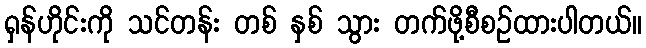
ရှန်ဟိုင်းကို သင်တန်း တစ် နှစ် သွား တက်ဖို့စီစဉ်ထားပါတယ်။